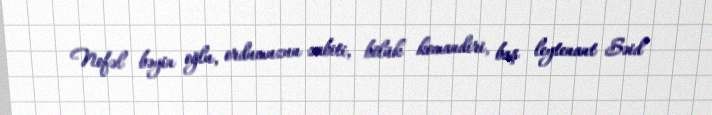
Nofəl bəyin oğlu, ordumuzun zabiti, bölük komandiri, baş leytenant Səid